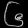
Digit: ၆